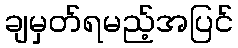
ချမှတ်ရမည့်အပြင်